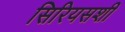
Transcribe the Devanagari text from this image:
सिरियसशी